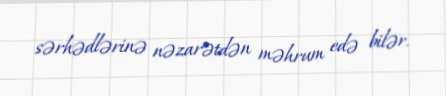
sərhədlərinə nəzarətdən məhrum edə bilər.